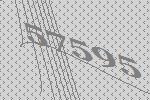
57595